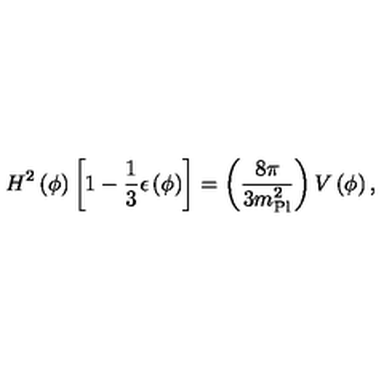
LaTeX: H ^ { 2 } \left( \phi \right) \left[ 1 - { \frac { 1 } { 3 } } \epsilon \left( \phi \right) \right] = \left( { \frac { 8 \pi } { 3 m _ { \mathrm { P l } } ^ { 2 } } } \right) V \left( \phi \right) ,